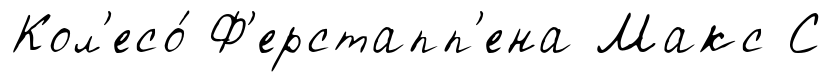
Кол'есо́ Ф'ерстапп'ена Макс С